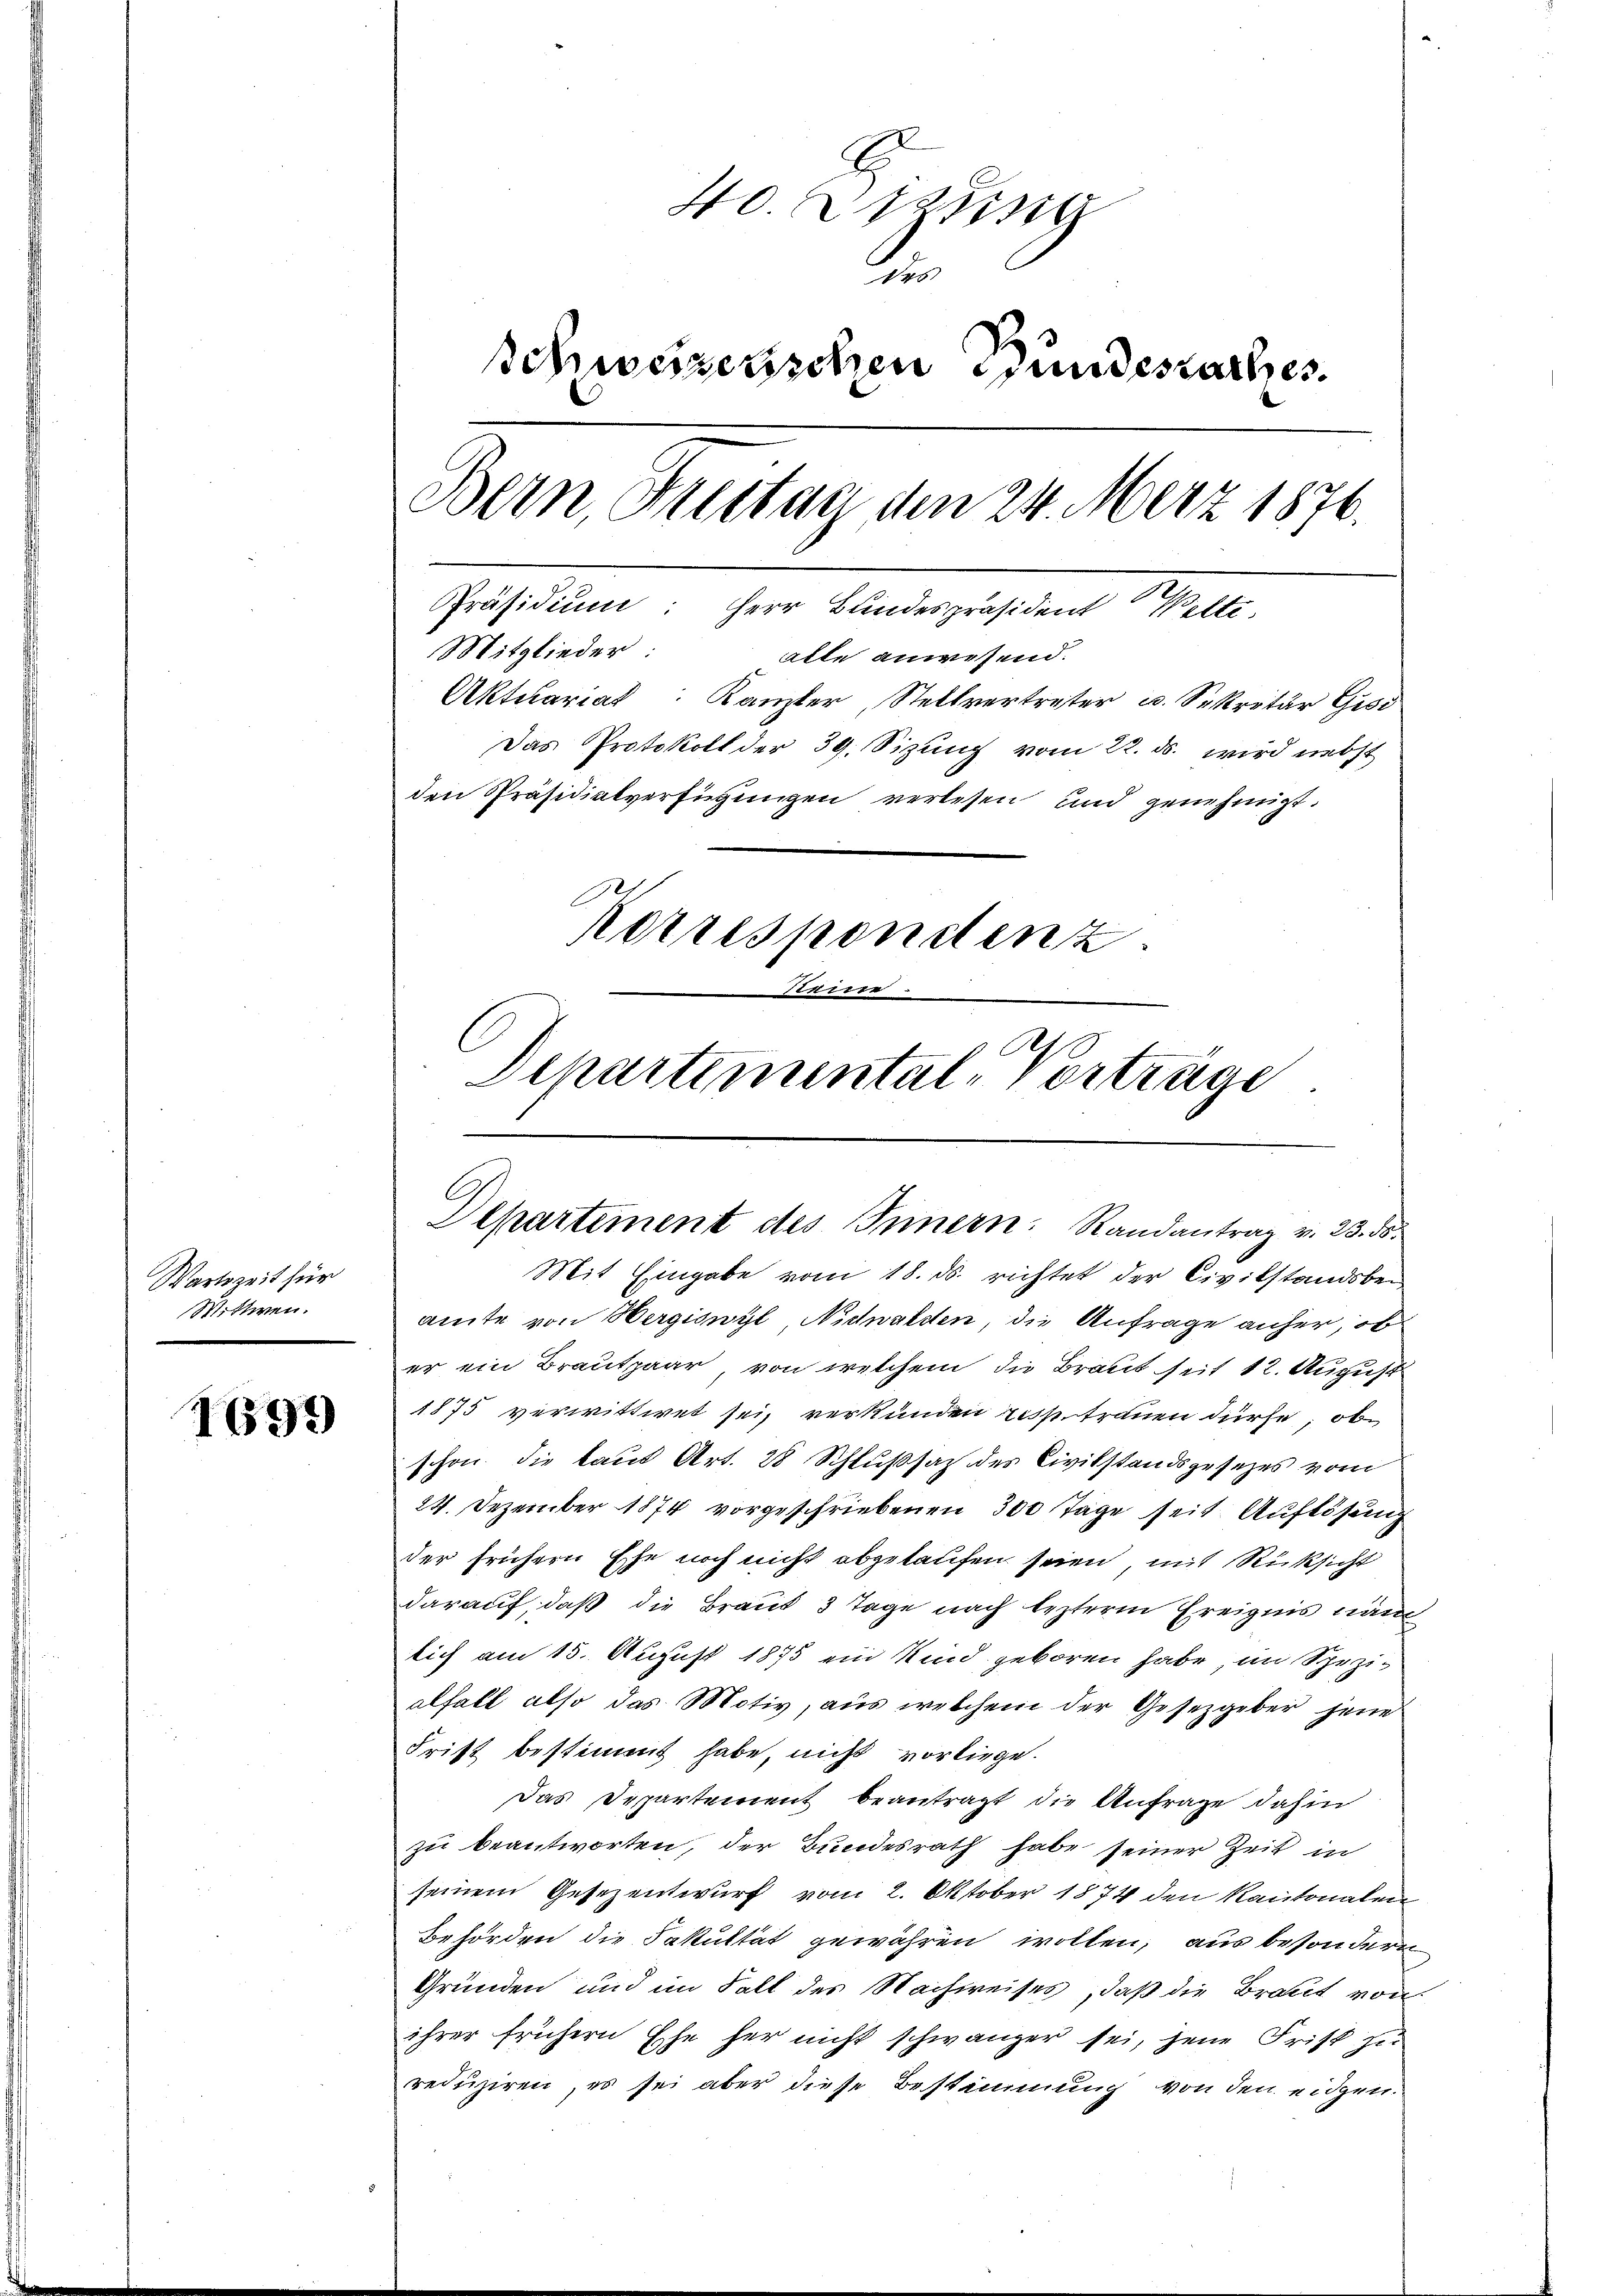
Wartszeit für
Witten.
m

1699

40 zug
des
Schweizerischen Bundesartes.
Bern, Gustag den 24. Merz 1876.
Präsidium: Herr Bundespräsident Welti.
Stitglieder: alle anwesend.
Aktuariat Kanzler, Stellvertreter u. Sekretär Gisi
Das Protokoll der 39. Sizung vom 22. ds. wird nebst
den Präsidialverfügungen verlesen und genehmigt.
Korrespondenz
e
Schartemental-Vorträge

Departement des Innern. Randantrag v. 23. ds.

Mit Eingabe vom 18. ds. richtet der Civilstandsbeamte von Hergiswyl, Nidwalden, die Anfrage anher, ob
er ein Brautpaar von welchem die Braut seit 12. August
1875 verwittwet sei, verkunden russ trauen dürfe, ob
schon die laut Art. 28 Schlußsatz des Civilstandsgesetzes vom
24. Dezember 1874 vorgeschriebenen 300 Tage seit Auflösung
der frühern Ehe noch nicht abgetaufen seien, mit Rücksicht
darauf, daß die Braut 3 Tage nach leztere Ereignis näm
lich am 15. August 1875 ein Kind geboren habe, im Spezialfall also das Motiv, aŭs welchem der Gesetzgeber jene
Frist bestimmt habe, nicht vorliege.
Das Departement beantragt die Anfrage dahin
zu beantworten, der Bundesrath habe seiner Zeit in
seinem Gesezentwurf vom 2. Oktober 1874 den Kantonalen
Behörden die Fakultät gewähren wollen, aus besondern
Gründen und im Fall des Nachweises, daß die Braut von
ihrer frühern Ehe her nicht schwänzer sei, jene Frist zu
reduziren, es sei aber diese Bestimmung von den eidgen-